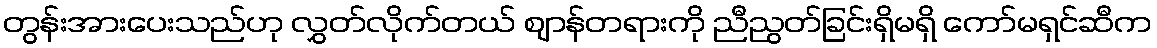
တွန်းအားပေးသည်ဟု လွှတ်လိုက်တယ် ဈာန်တရားကို ညီညွတ်ခြင်းရှိမရှိ ကော်မရှင်ဆီက